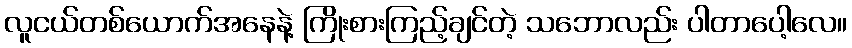
လူငယ်တစ်ယောက်အနေနဲ့ ကြိုးစားကြည့်ချင်တဲ့ သဘောလည်း ပါတာပေါ့လေ။